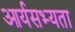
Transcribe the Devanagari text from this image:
आर्यसभ्यता